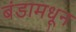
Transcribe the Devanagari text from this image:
बंडामधून